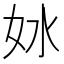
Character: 𫰖